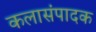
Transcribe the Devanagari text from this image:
कलासंपादक